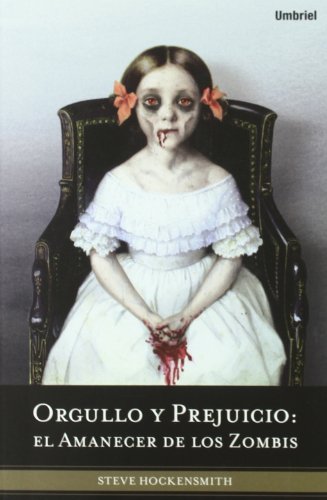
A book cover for Orgullo y prejuicio: el amanecer de los zombis (Spanish Edition) (Umbriel Fantasia); Steve Hockensmith; Literature & Fiction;